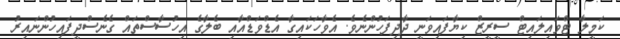
ކަމީލާ ޓްވައިލައިޓް ސީރީޒް ކިޔާފައިވަނީ ދާދިފަހުންނެވެ. އެވާހަކައިގާ އެޑްވަޑްއާއި ބެލާގެ އިހުސާސްތައް ގެނެސްދީފައިހުންނައިރު